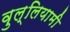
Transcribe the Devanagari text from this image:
वुल्लियामी